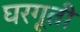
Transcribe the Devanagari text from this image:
घरगूती